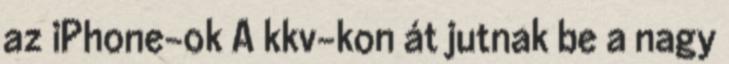
az iPhone-ok A kkv-kon át jutnak be a nagy